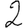
Digit: 2